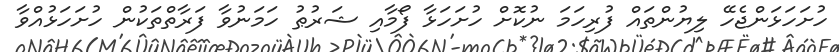
ހުށަހަޅަންޖެހޭ ލިޔުންތައް ފުރިހަމަ ނުކޮށް ހުށަހަޅާ ފޯމާއި ޝަރުޠު ހަމަނުވާ ފަރާތްތަކުން ހުށަހަޅުއްވާ